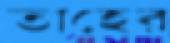
তাহের